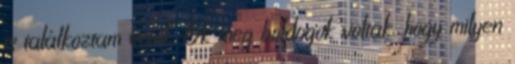
is találkoztam velük. Ők meg boldogok voltak, hogy milyen